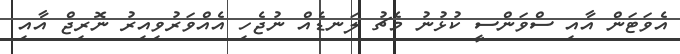
އެވަޓަން އާއި ސްވަންސީ ކުޅުނު މެޗު ލަނޑެއް ނުޖެހި އެއްވަރުވިއިރު ނޮރިޖް އާއި